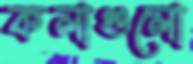
কলাগুলো